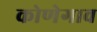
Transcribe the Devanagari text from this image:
कोणेगाव